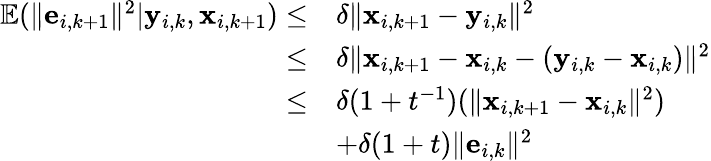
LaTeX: \begin{array}{rl}{\mathbb{E}(\| \mathbf{e}_{i,k+1}\| ^{2}|\mathbf{y}_{i,k},\mathbf{x}_{i,k+1})\leq}&{\delta\| \mathbf{x}_{i,k+1}-\mathbf{y}_{i,k}\| ^{2}}\\ {\leq}&{\delta\| \mathbf{x}_{i,k+1}-\mathbf{x}_{i,k}-(\mathbf{y}_{i,k}-\mathbf{x}_{i,k})\| ^{2}}\\ {\leq}&{\delta(1+t^{-1})(\| \mathbf{x}_{i,k+1}-\mathbf{x}_{i,k}\| ^{2})}\\ &{+\delta(1+t)\| \mathbf{e}_{i,k}\| ^{2}}\end{array}